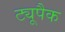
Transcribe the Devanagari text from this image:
ट्यूपैक